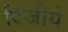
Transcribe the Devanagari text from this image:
दिजीये